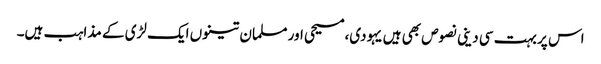
اس پر بہت سی دینی نصوص بھی ہیں یہودی،مسیحی اور مسلمان تینوں ایک لڑی کے مذاہب ہیں۔